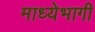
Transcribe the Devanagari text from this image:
माध्येभागी